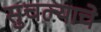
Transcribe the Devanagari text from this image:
सुचल्याचे